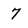
Character: 7